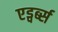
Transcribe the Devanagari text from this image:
एड्वर्ब्स